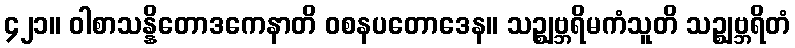
၄၂၁။ ဝါစာသန္နိတောဒကေနာတိ ဝစနပတောဒေန။ သဉ္ဈဗ္ဘရိမကံသူတိ သဉ္ဈဗ္ဘရိတံ